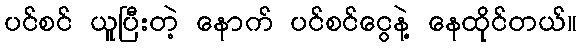
ပင်စင် ယူပြီးတဲ့ နောက် ပင်စင်ငွေနဲ့ နေထိုင်တယ်။